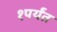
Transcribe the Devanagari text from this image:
१पर्यंत